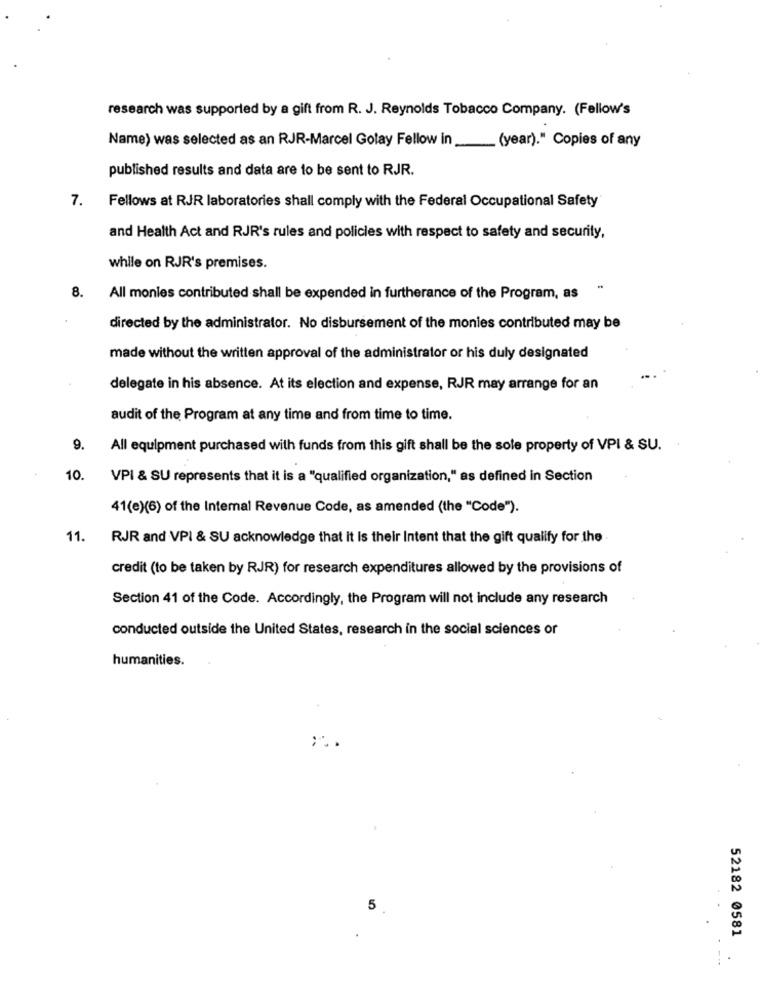
research was supported by a gift from R. J. Reynolds Tobacco Company. (Fellow's
Name) was selected as an RJR-Marcel Golay Fellow in_
(year)." Copies of any
published results and data are to be sent to RJR.
Fellows at RJR laboratories shall comply with the Federal Occupational Safety
7.
and Health Act and RJR's rules and policies with respect to safety and security,
while on RJR's premises.
8.
All monies contributed shall be expended in furtherance of the Program, as
directed by the administrator. No disbursement of the monies contributed may be
made without the written approval of the administrator or his duly designated
delegate in his absence. At its election and expense, RJR may arrange for an
audit of the Program at any time and from time to time.
9.
All equipment purchased with funds from this gift shall be the sole property of VPI & SU.
10.
VPI & SU represents that it is a "qualified organization," as defined in Section
41(e)(6) of the Internal Revenue Code, as amended (the "Code").
11.
RJR and VPI & SU acknowledge that it Is their Intent that the gift qualify for the
credit (to be taken by RJR) for research expenditures allowed by the provisions of
Section 41 of the Code. Accordingly, the Program will not include any research
conducted outside the United States, research in the social sciences or
humanities.
5
52182 0581